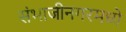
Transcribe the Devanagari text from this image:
संभाजीनगरमध्ये